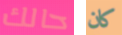
حالك كان